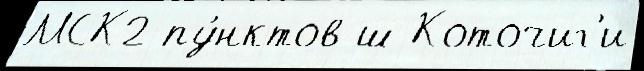
МСК2 пу́нктов ш Коточиг'и